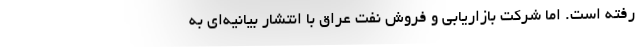
رفته است. اما شرکت بازاریابی و فروش نفت عراق با انتشار بیانیه‌ای به